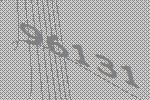
96131